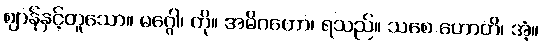
ဈာန်နှင့်တူသော။ မဂ္ဂေါ၊ ကို။ အဓိဂတော၊ ရသည်။ သစေ ဟောတိ၊ အံ့။